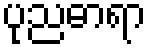
ပုညဓာရာ